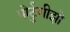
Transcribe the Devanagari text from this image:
पोर्टुगीझो